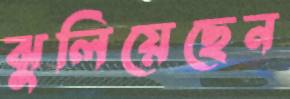
ঝুলিয়েছেন